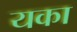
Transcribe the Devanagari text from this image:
यका